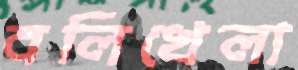
বলিখেলা